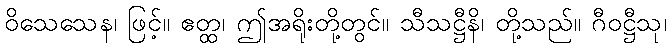
ဝိသေသေန၊ ဖြင့်။ ဧတ္ထ၊ ဤအရိုးတို့တွင်။ သီသဋ္ဌီနိ၊ တို့သည်။ ဂီဝဋ္ဌီသု၊